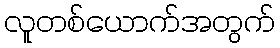
လူတစ်ယောက်အတွက်